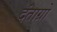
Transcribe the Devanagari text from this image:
दंताग्रो